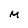
Character: M